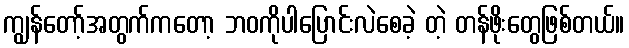
ကျွန်တော့်အတွက်ကတော့ ဘဝကိုပါပြောင်းလဲစေခဲ့ တဲ့ တန်ဖိုးတွေဖြစ်တယ်။